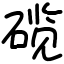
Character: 𬒗